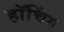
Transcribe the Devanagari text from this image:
हॉचिंग